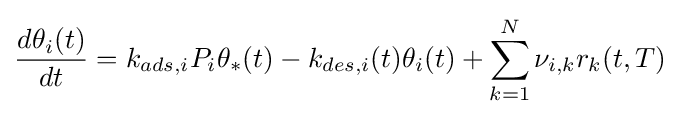
{\frac {d\theta _{i}(t)}{dt}}=k_{ads,i}P_{i}\theta _{*}(t)-k_{des,i}(t)\theta _{i}(t)+\sum _{k=1}^{N}{\nu _{i,k}r_{k}(t,T)}